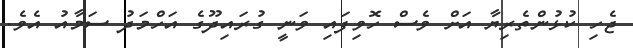
ޖެހި ކުޅުންތެރިޔާ އަށް ވެސް ހޮވިފައި ވަނީ ގުރައިދޫގެ އަހްމަދު ސަމާއު އެވެ.